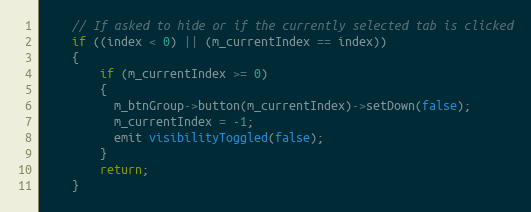
Language: C++
    // If asked to hide or if the currently selected tab is clicked
    if ((index < 0) || (m_currentIndex == index))
    {
        if (m_currentIndex >= 0)
        {
          m_btnGroup->button(m_currentIndex)->setDown(false);
          m_currentIndex = -1;
          emit visibilityToggled(false);
        }
        return;
    }